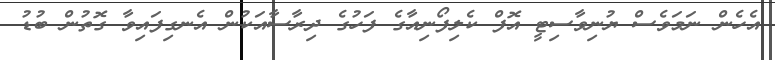
އެހެން ނަމަވެސް ޔުނިވާސިޓީ އޮފް ކެލިފޯނިއާގެ ފަހުގެ ދިރާސާއަކުން އެނގިފައިވާ ގޮތުން ބުޑު